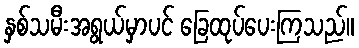
နှစ်သမီးအရွယ်မှာပင် ခြေထုပ်ပေးကြသည်။